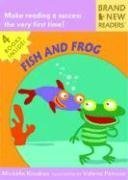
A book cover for Fish and Frog: Brand New Readers; Michelle Knudsen; Children's Books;